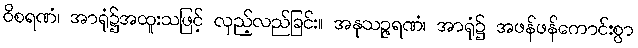
ဝိစရဏံ၊ အာရုံ၌အထူးသဖြင့် လှည့်လည်ခြင်း။ အနုသဉ္ဇရဏံ၊ အာရုံ၌ အဖန်ဖန်ကောင်းစွာ